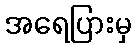
အရေပြားမှ